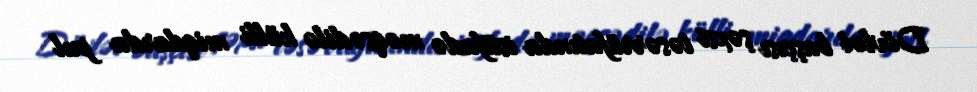
Dövlət başçısı şəxsi təsərrüfatında istifadə məqsədilə külli miqdarda pul